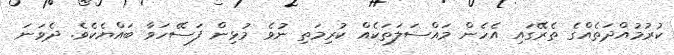
ކުރުމުއްދަތެއްގެ ތެރޭގައި އެހެން މައްސަލަތަކެއް ކުރިމަތި ނުވެ މުޅިން ފަސޭހަވާ ބައްޔެކެވެ. ދެވަނަ